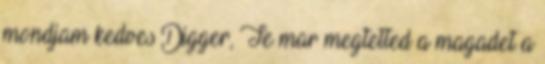
mondjam kedves Digger, Te mar megtetted a magadet a